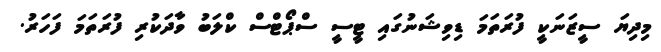
މިދިޔަ ސީޒަނަކީ ފުރަތަމަ ޑިވިޝަނުގައި ޓީސީ ސްޕޯޓްސް ކްލަބު ވާދަކުރި ފުރަތަމަ ފަހަރު.